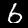
Digit: 6